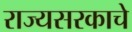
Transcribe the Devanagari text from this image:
राज्यसरकाचे